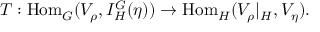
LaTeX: T : { \mathrm { H o m } } _ { G } ( V _ { \rho } , I _ { H } ^ { G } ( \eta ) ) \to { \mathrm { H o m } } _ { H } ( V _ { \rho } | _ { H } , V _ { \eta } ) .